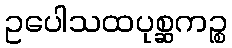
ဥပေါသထပုစ္ဆကဉ္စ